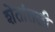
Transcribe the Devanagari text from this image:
शेतांतली